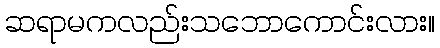
ဆရာမကလည်းသဘောကောင်းလား။